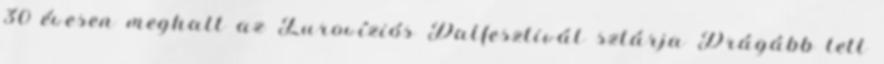
30 évesen meghalt az Eurovíziós Dalfesztivál sztárja Drágább lett